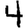
Digit: 4